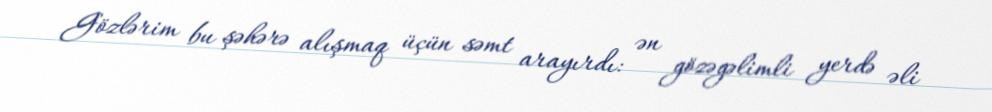
Gözlərim bu şəhərə alışmaq üçün səmt arayırdı: ən gözəgəlimli yerdə əli